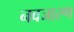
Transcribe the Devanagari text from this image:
नवजारण